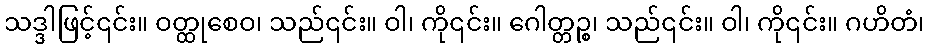
သဒ္ဒါဖြင့်၎င်း။ ဝတ္ထုစေဝ၊ သည်၎င်း။ ဝါ၊ ကို၎င်း။ ဂေါတ္တဉ္စ၊ သည်၎င်း။ ဝါ၊ ကို၎င်း။ ဂဟိတံ၊